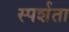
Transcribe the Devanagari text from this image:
स्पर्शता